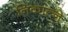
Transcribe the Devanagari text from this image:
निकाल्ने